Vaccination in the Punjab 1867-1880 - 1867-1880
Year: 1867
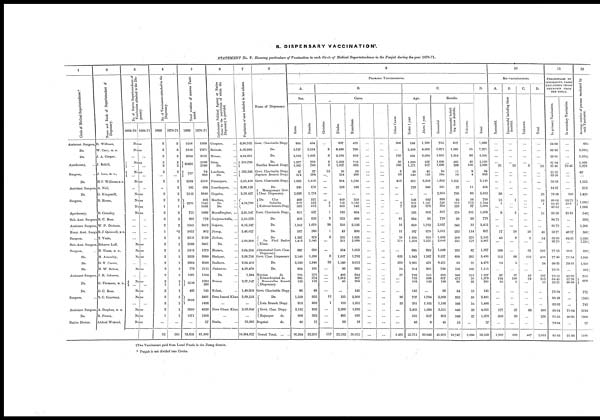
B. DISPENSARY VACCINATION!.
STATEMENT
No. V. Showing particulars of Vaccination in each Circle of Medical Superintendence in the Punjab during the year 1870-71.
1
Circle of Medical Superintendence.*
Assistant Surgeon,
Do.
Do.
Apothecary, ...
Surgeon, ...
Do.
Assistant Surgeon,
Do.
Surgeon,
Apothecary,
Sub-Asst. Surgeon
Assistant Surgeon,
Hony. Asst. Surgn
Surgeon, ...
Sub-Asst. Surgeon,
Surgeon,
Do.
Do.
Do.
Assistant Surgeon,
Do.
Do.
Surgeon, ...
Assistant Surgeon,
Do.
Native Doctor,
2
Name and Rank of Superintendent of
Dispensary.
R. Willmot,
W. Cary, M. D.
J. A. Cooper,
J. Rehill,
J. Ince, M. D.,
H.F. Williams M.D.
A. Neil,
G. Kingsmill,
R. Rouse,
R. .rossley,
R. C. Bose,
W. P. Dickson,
R. J. Quinnell, M.D.
T. Veale,
Beharee Lall,
H. Thom, M. D.,
H. Annesley,
G. V. Currie,
H. W. Bellew,
J. R. Johnson,
G. Thomson, M. D.,
G. C. Ross,
S. C. Courtney,
A. Stephen, M. B.
R. Power,
Abdool Waheed,
3
No. of Native Superintendents of
Vaccination attached to the Dis-
pensary.
1869-70 1870-71
None
None
...
...
None
...
...
None
... ...
None
...
...
None
None
None
None
...
...
...
...
...
...
...
...
None
None
None
...
...
None
... ...
None
None
None
...
...
None
None
None
4
No. of Vaccinators attached to the
Dispensary.
1869
2
2
2
2
2
2
...
2
...
2
2
1
2
2
2
1
2
2
2
2
2
2
2
2
1
2
2
2
2
1
...
52
1870-71
2
2
2
2
2
2
...
2
2
2
2
1
2
2
2
*3
2
2
2
2
2
2
2
2
1
2
2
2
2
1
...
56†
5
Total number of persons Vacci¬
nated.
1869
1216
7510
2824
18493
757
3584
182
2113
2761
721
696
1341
1052
2210
2389
5919
3829
2924
776
1081
2756
425
3059
3950
1071
...
73,639
1870-71
1368
7271
3105
2136
2140
84
668
3110
424
3840
806
1345
1006
1099
779
2412
902
2199
2461
1679
3880
4500
1115
1504
1692
260
145
2491
1486
4328
1308
57
61,600
6
Collectorate Political Agency or Native
State for the population of which the
Dispensary is provided.
Gurgaon, ...
Rohtuk, ...
Hissar, ...
Sirsa, ...
Do. ...
Loodiana, ...
Do. ...
Ferozepore, ...
Goordaspore, ...
Gogaira, ...
Mooltan, ...
Do. ...
Do. ...
Mozuffurghur, ...
Goojeranwalla, ...
Gujerat, ...
Jhung, ...
Jhelum, ...
Do. ...
Hazara, ...
Shahpur, ...
Sealkote, ...
Peshawur, ...
Do. ...
Bunnu, ...
Kohat, ...
Dera Ismeal Khan
...
Dera Ghaze Khar
...
Simla, ...
7
Population of area included in last column
6,90,522
5,36,995
4,84,681
210,795
583,245
5,33,416
9,06,126
3,59,437
4,59,780
2,95,547
5,50,576
6,16,347
3,48,027
5,00,988
3,64,324
3,68,796
9,94,458
4,98,479
1,964
2,87,547
1,40;209
3,89,533
...
3,08,840
...
33,995
10,464,627
8
Name of Dispensary.
Govt. Charitable Dispy.
Do.
Do.
Do.
Fazilka Branch Dispy.
Govt. Charitable Dispy
Jugraon Branch Dispy.
Govt. Charitable Dispy.
Do.
Montgomery Govt
Char. Dispensary.
Do.
City
Suburbs.
Kuhrore branch Dispy
Govt. Charitable Dispy.
Do.
Do.
Do.
Do.
Do. Pind Dadur
Khan.
Abbottabad Govt. Char
Dispensary.
Govt. Char. Dispensary.
Do.
Do.
Murdan
do.
Edwardesabad do.
Meanwallee Branch
Dispensary.
Govt. Charitable Dispy.
Do.
Leia Branch Dispy.
Govt. Char. Dispy.
Rajanpur
do.
Dugshai
do.
Grand Total, ... ...
9
PRIMARY VACCINATIONS.
A.
Sex.
Males.
934
3,737
2,102
1,377
1,345
47
374
1,692
245
2,638
469
812
593
651
456
1,342
597
1,267
1,416
697
2,140
2,536
934
735
805
122
96
1,559
818
3,102
686
40
36,364
Females.
434
3,534
1,003
759
743
37
294
1,418
179
1,174
321
532
413
437
323
1,070
260
878
1,045
690
1,290
1,940
181
572
574
123
49
932
668
923
392
17
23,205
B.
Caste.
Christian.
...
3
2
2
3
13
...
...
...
...
...
3
3
1
2
20
1
6
...
8
32
...
...
...
...
...
12
1
...
...
...
112
Hindoo.
637
6,488
2,164
1,389
1,037
10
224
904
228
...
440
158
453
193
223
250
43
285
201
334
1,007
1,140
96
406
1,012
45
...
135
110
2,386
495
39
22,532
Mussulman.
425
780
819
715
883
58
388
1,793
196
...
350
1,180
543
894
493
2,126
800
1,825
2,086
1,053
1,782
3,012
965
844
367
200
145
2,308
1,352
1,639
583
18
30,622
...
...
...
...
...
...
...
...
...
...
...
...
...
...
...
...
...
...
...
...
...
...
...
...
...
...
...
...
...
...
...
...
...
...
...
...
...
...
...
...
...
...
...
...
...
...
...
...
...
...
...
...
...
...
...
...
...
...
...
...
...
...
...
...
...
...
Other Castes.
306
...
120
30
165
3
56
413
...
...
...
3
7
...
61
16
13
29
174
...
633
292
54
57
...
...
...
36
23
...
...
...
2,491
C.
Age.
Under 1 year.
188
2,409
821
1,899
1,171
39
540
851
178
..
148
203
328
185
684
650
187
1324
1,224
695
1,843
3,985
214
792
783
103
145
707
381
2,465
521
48
25,711
Above 1 year.
1,180
4,862
2,284
237
917
45
128
2,259
246
...
642
1,141
678
903
95
1,762
670
821
1,237
692
1,587
491
901
515
596
142
...
1,784
1,105
1,560
557
9
30,046
Results.
Successful.
751
5,971
1,655
1,826
1,699
64
594
1,853
391
2,953
680
520
856
817
720
2,057
5,011
1,666
2,048
1,008
2,357
4,421
790
850
857
128
96
2,209
1,186
3,551
802
45
45,932
Unsuccessful includ-
ing those doubtful.
617
1,285
1,354
265
289
11
70
1,257
22
766
92
112
123
170
39
343
232
209
235
292
688
33
156
306
472
90
34
232
246
446
249
12
10,747
Unknown.
...
15
96
45
100
9
4
...
11
93
18
712
27
101
20
12
114
270
178
87
385
22
169
151
50
27
15
50
54
28
27
...
2,890
D.
Total.
1,368
7,271
3,105
2,136
2,088
84
668
3,110
424
3,812
790
1,344
1,006
1,088
779
2,412
857
2,145
2,461
1,387
3,430
4,476
1,115
1,307
1,379
245
145
2,491
1,486
4,025
1,078
57
59,569
10
RE-VACCINATIONS.
A.
Successful.
...
...
...
...
31
...
...
...
...
28
15
1
...
9
...
...
17
43
...
209
212
19
...
97
134
10
...
...
...
177
200
...
1,202
B.
Unsuccessful including those
doubtful.
...
...
...
...
13
...
...
...
...
...
1
...
...
2
...
...
18
8
...
...
86
5
...
57
100
5
...
...
...
57
30
...
382
C.
Unknown.
...
...
...
...
8
...
...
...
...
...
...
...
...
...
...
...
10
3
...
83
152
...
...
43
79
...
...
...
...
69
...
...
447
D.
Total.
...
...
...
...
52
...
...
...
...
28
16
1
...
11
...
...
45
54
...
292
450
24
...
197
313
15
...
...
...
303
230
...
2,031
11
PERCENTAGE OF
SUCCESSFUL CASES
EXCLUDING THOSE
UNKNOWN FROM
THE TOTAL.
In primary Vaccination.
54.89
86.96
55.00
87.34
85.46
85.33
89.36
59.58
94.67
79.39
88.08
82.43
43.52
83.59
94.73
85.70
68.77
88.85
89.70
77.53
77.40
99.25
79.31
73.52
64.45
58.71
73.84
90.49
82.82
88.84
75.35
78.94
81.03
In secondary Vaccination.
...
...
...
...
70.45
...
...
...
100
93 75
10 0
...
81-81
...
...
48.57
84 31
...
10.0
71.14
79.16
...
62.98
57.26
66.66
...
...
...
75.64
86.95
...
75.88
12
Average number of persons vaccinated by
each Vaccinator.
684
3,635½
1,552½
1,068
1,070
42
...
1,555
212
1,420
1,095½
1,006
549½
389½
1,206
300½
1,099½
1,250½
839½
1,940
1,250
557½
752
976
72½
1245½
743
2164
1308
57
1100
Two Vaccinators paid from Local Funds in the Jhung district.
* Punjab is not divided into Circles.